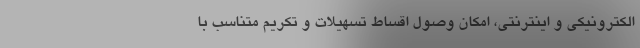
الکترونیکی و اینترنتی، امکان وصول اقساط تسهیلات و تکریم متناسب با